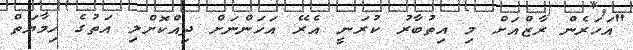
"އަހަރެން ރާޒްއަށް މި އިތުބާރު ކުރަނީ އެރޭ އަހަންނަށް ދިއްކޮށްލި އަތުގެ ހިމާޔަތް